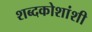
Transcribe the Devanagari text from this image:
शब्दकोशांशी